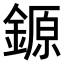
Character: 𨪛